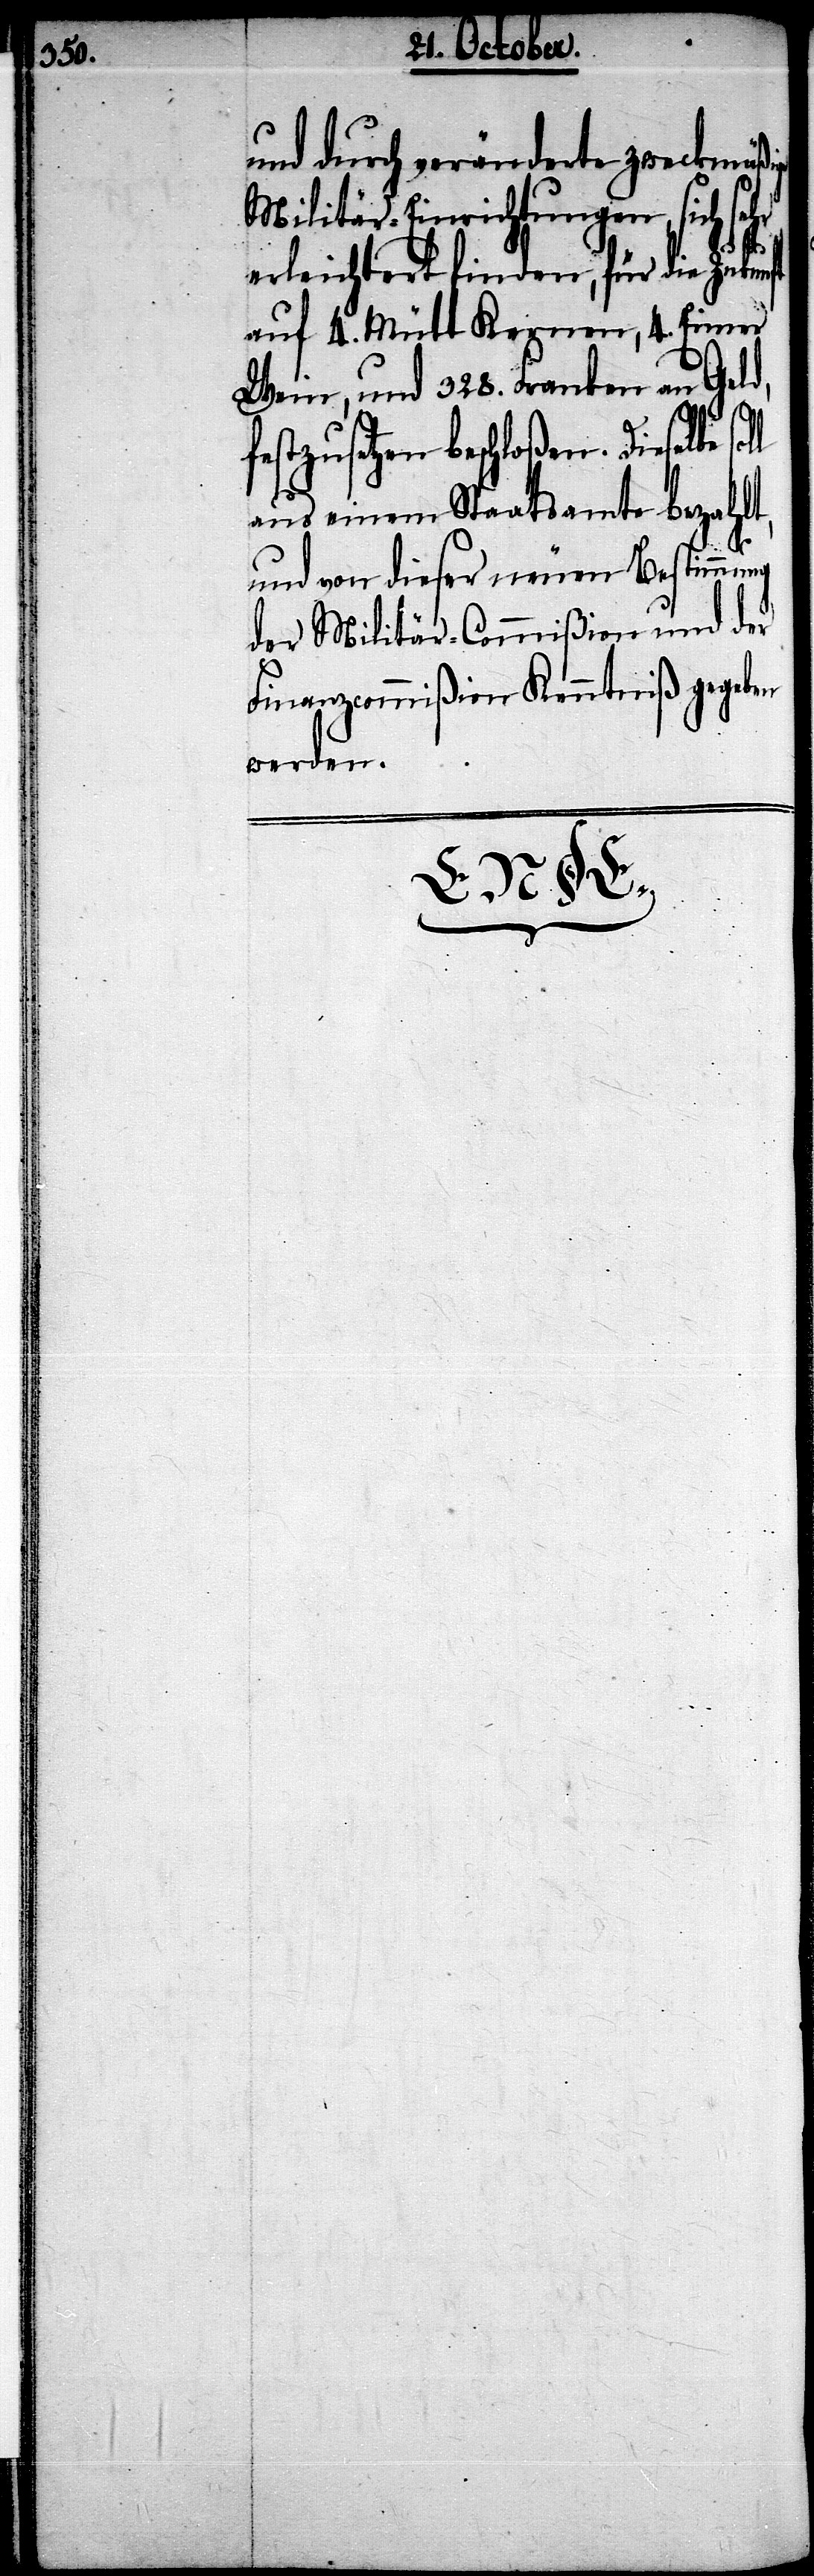
und durch veränderte zweckmäßi¬
Militär-Einrichtungen, sich sehr
erleichtert finden, für die Zukunft
auf 4. Mütt Kernen, 4. Eimer
Wein, und 328. Franken an Geld,
lt,
usetzen beschloßen. Dieselbe
ißion
aus einem Staatsamte
stimmung
und von dieser neu¬
und der
der Militär-Comm¬
gegeben
Finanzcommißion
werden.